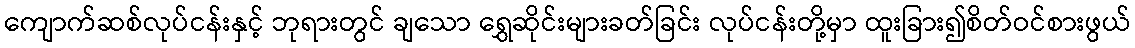
ကျောက်ဆစ်လုပ်ငန်းနှင့် ဘုရားတွင် ချသော ရွှေဆိုင်းများခတ်ခြင်း လုပ်ငန်းတို့မှာ ထူးခြား၍စိတ်ဝင်စားဖွယ်